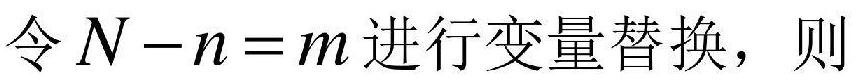
令$N - n = m$进行变量替换，则